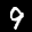
Label: 9